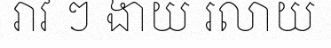
រាវ ៗ ងាយ រលាយ